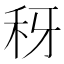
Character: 䄰